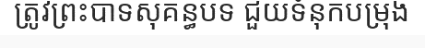
ត្រូវព្រះបាទសុគន្ធបទ ជួយទំនុកបម្រុង